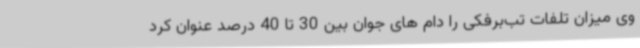
وی میزان تلفات تب‌برفکی را دام های جوان بین 30 تا 40 درصد عنوان کرد